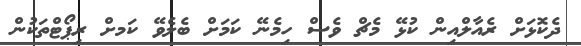
ދެކޮޅަށް ރެއާލްއިން ކުޅޭ މެޗް ވެސް ހިމެނޭ ކަމަށް ބެލެވޭ ކަމށް ރިޕޯޓްތަކުން